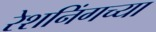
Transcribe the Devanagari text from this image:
रेशनिंगच्या